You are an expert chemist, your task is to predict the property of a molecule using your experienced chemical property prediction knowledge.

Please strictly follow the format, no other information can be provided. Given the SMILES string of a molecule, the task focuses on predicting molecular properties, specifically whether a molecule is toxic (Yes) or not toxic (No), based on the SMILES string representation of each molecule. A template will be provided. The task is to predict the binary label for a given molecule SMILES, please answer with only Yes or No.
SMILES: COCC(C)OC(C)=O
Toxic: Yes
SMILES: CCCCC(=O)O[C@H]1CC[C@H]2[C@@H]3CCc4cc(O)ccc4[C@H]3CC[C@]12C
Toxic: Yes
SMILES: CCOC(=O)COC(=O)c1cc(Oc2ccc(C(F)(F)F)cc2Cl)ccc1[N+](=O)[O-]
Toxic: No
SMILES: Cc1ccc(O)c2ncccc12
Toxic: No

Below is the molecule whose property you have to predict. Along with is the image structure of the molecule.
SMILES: CCCCOC(=O)/C=C\C(=O)OCCCC
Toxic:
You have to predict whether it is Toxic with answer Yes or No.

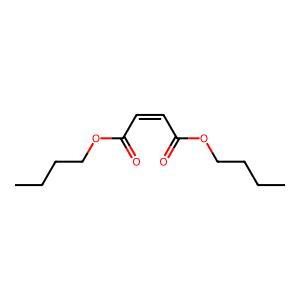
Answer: No